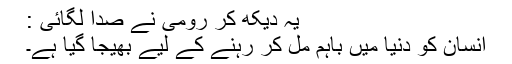
یہ دیکھ کر رومی نے صدا لگائی :
انسان کو دنیا میں باہم مل کر رہنے کے لیے بھیجا گیا ہے۔